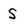
Character: S